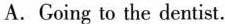
A.Going to the dentist.